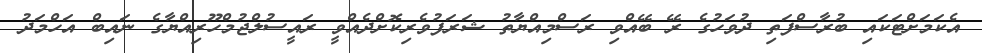
އެކަމަށްޓަކައި ބުރާސްފަތި ދުވަހުގެ ރޭ ބޭއްވި ރަސްމިއްޔާތު ޝަރަފުވެރިކޮށްދެއްވީ ރައީސުލްޖުމްހޫރިއްޔާގެ ނައިބް އަހްމަދު